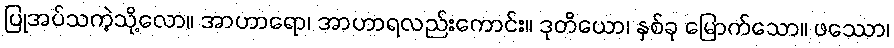
ပြုအပ်သကဲ့သို့လော။ အာဟာရော၊ အာဟာရလည်းကောင်း။ ဒုတိယော၊ နှစ်ခု မြောက်သော။ ဖဿော၊